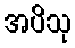
အပိသု